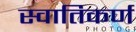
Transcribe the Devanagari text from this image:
स्वातिकर्ण